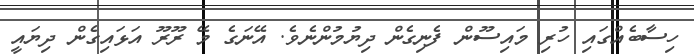
ހިސާބެއްގައި ހުރި މައިސޫން ފެނިގެން ދިޔުމުންނެވެ. އޭނަގެ މޭ ރޫރޫ އަޅައިގެން ދިޔައީ